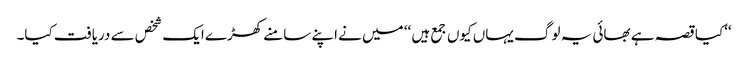
‘‘کیا قصہ ہے بھائی یہ لوگ یہاں کیوں جمع ہیں ‘‘ میں نے اپنے سامنے کھڑے ایک شخص سے دریافت کیا۔